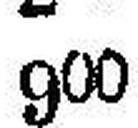
900